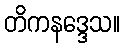
တိကနဒ္ဒေသ။